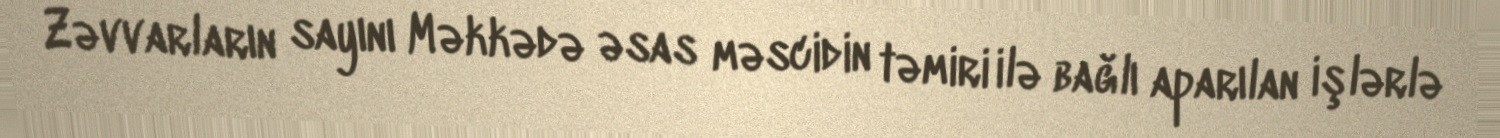
Zəvvarların sayını Məkkədə əsas məscidin təmiri ilə bağlı aparılan işlərlə